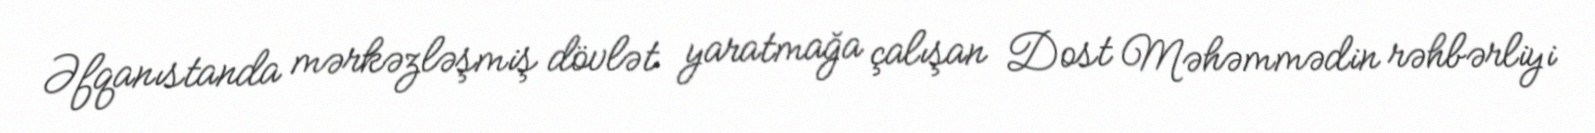
Əfqanıstanda mərkəzləşmiş dövlət yaratmağa çalışan Dost Məhəmmədin rəhbərliyi